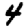
Digit: 4